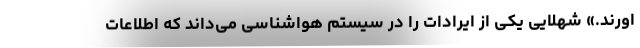
اورند.» شهلایی یکی از ایرادات را در سیستم هواشناسی می‌داند که اطلاعات